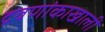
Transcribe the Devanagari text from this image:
द्रवणांकाखाली